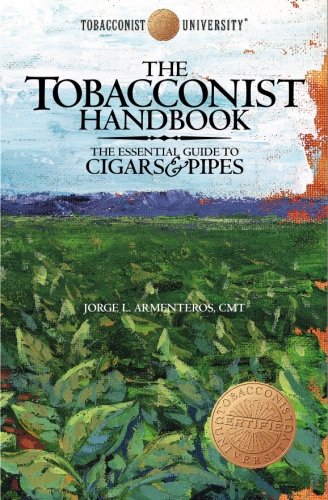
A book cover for The Tobacconist Handbook: The Essential Guide to Cigars & Pipes; Jorge L. Armenteros; Education & Teaching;